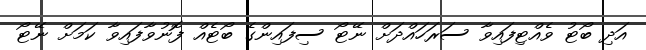
އަދި ބޯޓު ވެއްޓިފައިވާ ސަރަހައްދަށް ނޭޓޯ ސިފައިންގެ ބޯޓެއް ފޮނުވާފައިވާ ކަމަށް ނޭޓޯ